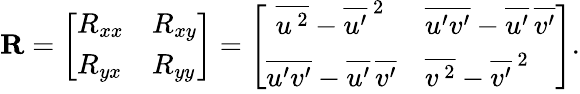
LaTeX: \begin{array}{r}{\textbf{R}=\left[\begin{array}{ll}{R_{xx}}&{R_{xy}}\\ {R_{yx}}&{R_{yy}}\end{array}\right]=\left[\begin{array}{ll}{\, \, \overline{{{u^{\, 2}}}}-\overline{{{u^{\prime}}}}^{\, 2}}&{\overline{{{u^{\prime}v^{\prime}}}}-\overline{{{u^{\prime}}}}\, \overline{{{v^{\prime}}}}}\\ {\overline{{{u^{\prime}v^{\prime}}}}-\overline{{{u^{\prime}}}}\, \overline{{{v^{\prime}}}}}&{\overline{{{v^{\, 2}}}}-\overline{{{v^{\prime}}}}^{\, 2}}\end{array}\right].}\end{array}